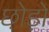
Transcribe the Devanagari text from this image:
छो़ड़ो